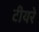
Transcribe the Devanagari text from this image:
टीयरे